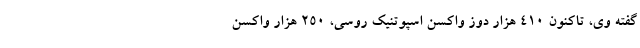
گفته وی، تاکنون ۴۱۰ هزار دوز واکسن اسپوتنیک روسی، ۲۵۰ هزار واکسن